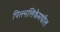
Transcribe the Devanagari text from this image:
पित्त्नलिकेमधील